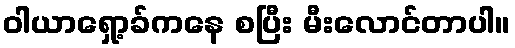
ဝါယာရှော့ခ်ကနေ စပြီး မီးလောင်တာပါ။